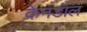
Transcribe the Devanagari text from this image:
केनडॉल